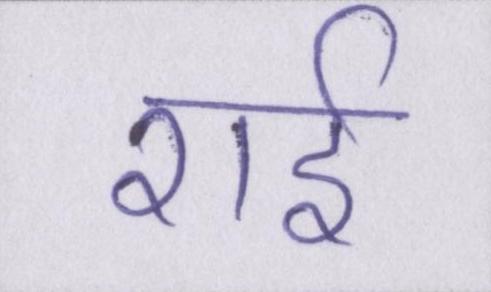
राई